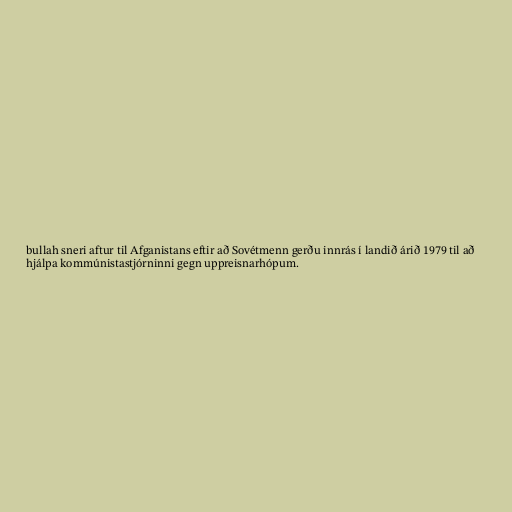
bullah sneri aftur til Afganistans eftir að Sovétmenn gerðu innrás í landið árið 1979 til að
hjálpa kommúnistastjórninni gegn uppreisnarhópum.